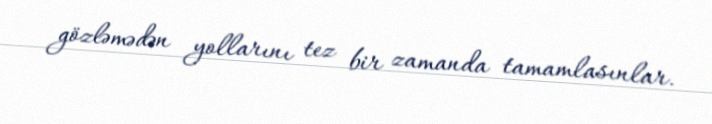
gözləmədən yollarını tez bir zamanda tamamlasınlar.